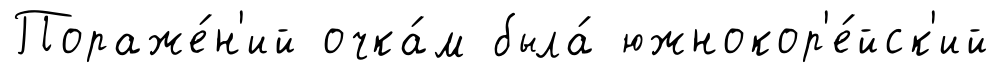
Пораже́н'ий очка́м была́ южнокор'е́йск'ий